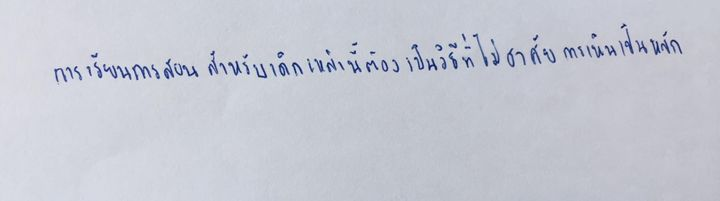
การเรียนการสอนสำหรับเด็กเหล่านี้ต้องเป็นวิธีที่ไม่อาศัยการเห็นเป็นหลัก